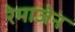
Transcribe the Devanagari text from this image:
रेमाजेन